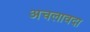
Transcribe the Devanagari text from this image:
अचलावदा